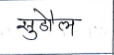
मजकूर: सुडौल